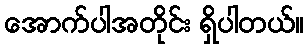
အောက်ပါအတိုင်း ရှိပါတယ်။